Calcutta medical institutions reports 1871-78
Year: 1871
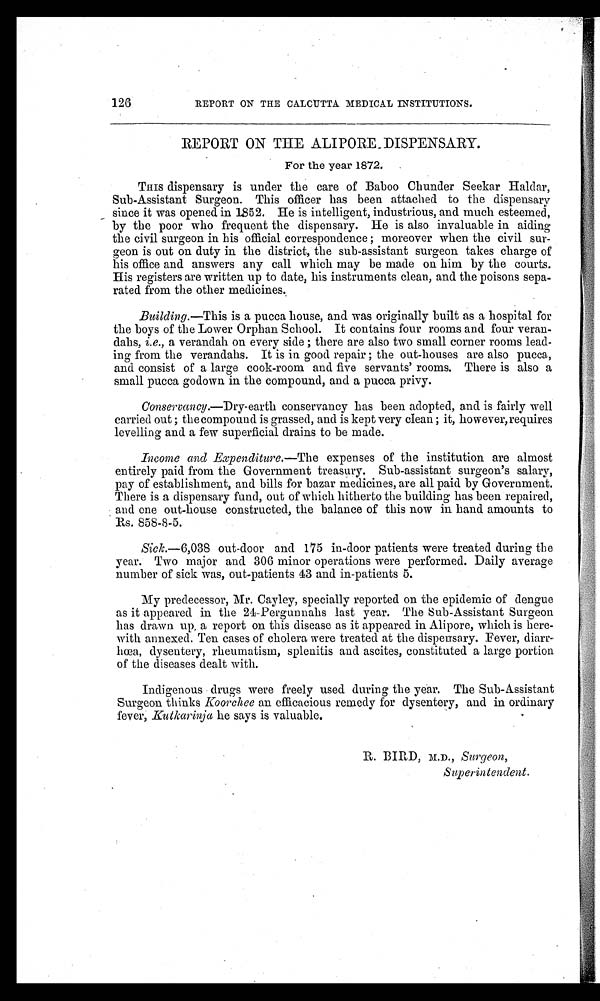
126
REPORT ON THE CALCUTTA MEDICAL INSTITUTIONS.
REPORT ON THE ALIPORE DISPENSARY.
For the year 1872.
THIS dispensary is under the care of Baboo Chunder Seekar Haldar,
Sub-Assistant Surgeon. This officer has been attached to the dispensary
since it was opened in 1852. He is intelligent, industrious, and much esteemed,
by the poor who frequent the dispensary. He is also invaluable in aiding
the civil surgeon in his official correspondence ; moreover when the civil sur-
geon is out on duty in the district, the sub-assistant surgeon takes charge of
his office and answers any call which may be made on him by the courts.
His registers are written up to date, his instruments clean, and the poisons sepa-
rated from the other medicines.
Building.—This is a pucca house, and was originally built as a hospital for
the boys of the Lower Orphan School. It contains four rooms and four veran-
dahs, i.e., a verandah on every side ; there are also two small corner rooms lead-
ing from the verandahs. It is in good repair ; the out-houses are also pucca,
and consist of a large cook-room and five servants' rooms. There is also a
small pucca godown in the compound, and a pucca privy.
Conservancy.—Dry-earth conservancy has been adopted, and is fairly well
carried out ; the compound is grassed, and is kept very clean ; it, however, requires
levelling and a few superficial drains to be made.
Income and Expenditure.—The expenses of the institution are almost
entirely paid from the Government treasury. Sub-assistant surgeon's salary,
pay of establishment, and bills for bazar medicines, are all paid by Government.
There is a dispensary fund, out of which hitherto the building has been repaired,
and one out-house constructed, the balance of this now in hand amounts to
Rs. 858-8-5.
Sick. —6,038 out-door and 175 in-door patients were treated during the
year. Two major and 306 minor operations were performed. Daily average
number of sick was, out-patients 43 and in-patients 5.
My predecessor, Mr. Cayley, specially reported on the epidemic of dengue
as it appeared in the 24-Pergunnahs last year. The Sub-Assistant Surgeon
has drawn up a report on this disease as it appeared in Alipore, which is here-
with annexed. Ten cases of cholera were treated at the dispensary. Fever, diarr-
hœa, dysentery, rheumatism, splenitis and ascites, constituted a large portion
of the diseases dealt with.
Indigenous drugs were freely used during the year. The Sub-Assistant
Surgeon thinks Koorchee an efficacious remedy for dysentery, and in ordinary
fever, Kutkarinja he says is valuable.
R. BIRD, M.D., Surgeon,
Superintendent.